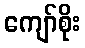
ကျော်စိုး